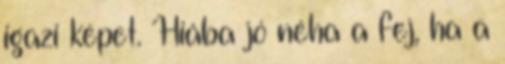
igazi képet. Hiába jó néha a fej, ha a